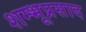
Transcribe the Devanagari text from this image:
शम्भूप्रसाद